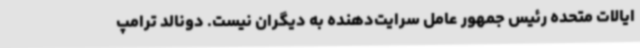
ایالات متحده رئیس جمهور عامل سرایت‌دهنده‌ به دیگران نیست. دونالد ترامپ